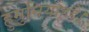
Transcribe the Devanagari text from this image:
हुमुनियाहहैं।